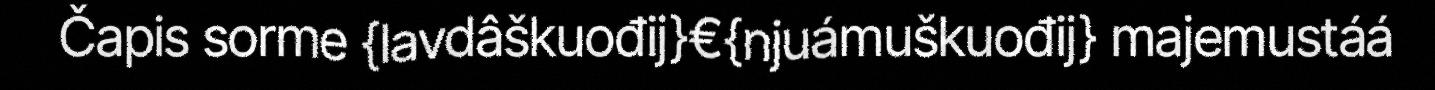
Čapis sorme {lavdâškuođij}€{njuámuškuođij} majemustáá